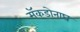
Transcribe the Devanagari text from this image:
मॅकडोनाघ